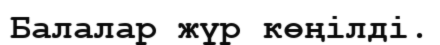
Балалар жүр көңілді.